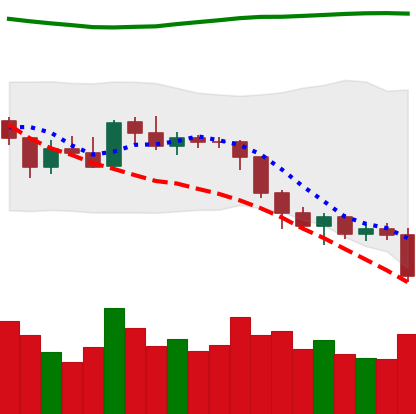
Ticker: ETH-USD
Chart end date: 2018-08-07
Forward return: -15.95%
Label: down_7plus